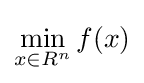
\min _{x\in R^{n}}f(x)